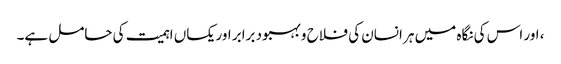
، اور اس کی نگاہ میں ہر انسان کی فلاح و بہبود برابر اور یکساں اہمیت کی حامل ہے۔